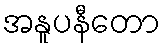
အနူပနီတော